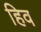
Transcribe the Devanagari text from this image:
हिव